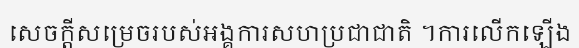
សេចក្តីសម្រេចរបស់អង្គការសហប្រជាជាតិ ។ការលើកឡើង